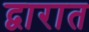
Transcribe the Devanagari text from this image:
द्वारात